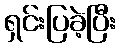
ရှင်းပြခဲ့ပြီး